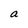
Character: a